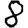
Digit: 8